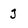
Character: J